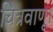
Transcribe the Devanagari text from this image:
चित्रवाणू।